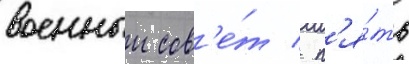
военныи сов'е́т / п'я́ть